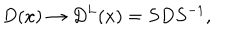
LaTeX: D ( x ) \rightarrow D ^ { L } ( x ) = S D S ^ { - 1 } ,